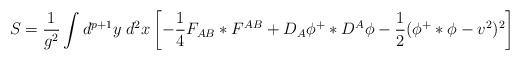
LaTeX: \begin{align*}S={1\over g^2}\int d^{p+1}y\;d^2x\left[-{1\over 4} F_{AB}*F^{AB}+D_A\phi^+*D^A\phi-{1\over 2}(\phi^+*\phi-v^2)^2\right]\end{align*}